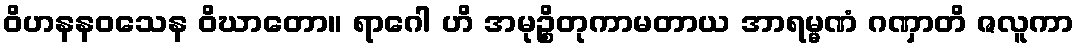
ဝိဟနနဝသေန ဝိဃာတော။ ရာဂေါ ဟိ အမုဉ္စိတုကာမတာယ အာရမ္မဏံ ဂဏှာတိ ဇလူကာ